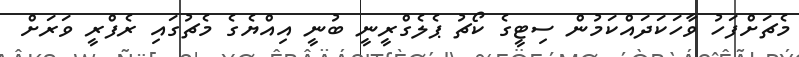
މެޗަށްފަހު ވާހަކަދައްކަމުން ސިޓީގެ ކޯޗު ޕެލެގްރީނީ ބުނީ އިއްޔެގެ މެޗުގައި ރެފްރީ ވަރަށް